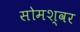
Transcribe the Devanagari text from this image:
सोमश्वर